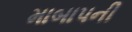
માબાપની